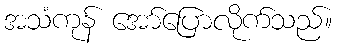
အသံကုန် အော်ပြောလိုက်သည်။